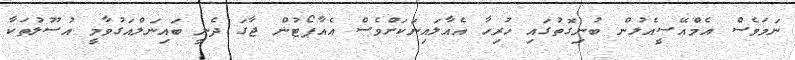
ނަމަވެސް އެމްއޭސީއެލުން ބުނިގޮތުގައި ހުރިހާ އެއާލައިނަކަށްވެސް އެއާޕޯޓުން ޖާގަ ދެނީ ބައިނަލްއަގުވާމީ އުސޫލުތަކާ